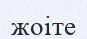
жоіте